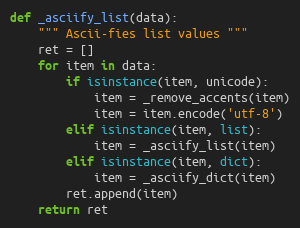
Language: Python
def _asciify_list(data):
    """ Ascii-fies list values """
    ret = []
    for item in data:
        if isinstance(item, unicode):
            item = _remove_accents(item)
            item = item.encode('utf-8')
        elif isinstance(item, list):
            item = _asciify_list(item)
        elif isinstance(item, dict):
            item = _asciify_dict(item)
        ret.append(item)
    return ret